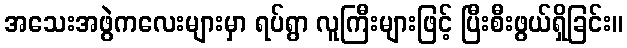
အသေးအဖွဲကလေးများမှာ ရပ်ရွာ လူကြီးများဖြင့် ပြီးစီးဖွယ်ရှိခြင်း။